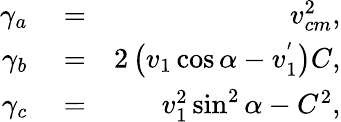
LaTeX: \begin{array}{rlr}{\gamma_{a}}&{{}=}&{v_{cm}^{2},}\\ {\gamma_{b}}&{{}=}&{2\left(v_{1}\cos\alpha-v_{1}^{'}\right)C,}\\ {\gamma_{c}}&{{}=}&{v_{1}^{2}\sin^{2}\alpha-C^{2},}\end{array}